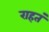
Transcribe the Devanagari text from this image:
राहतं